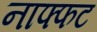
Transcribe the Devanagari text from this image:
नाफ्फट